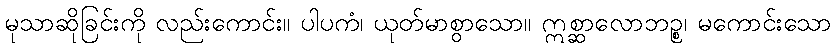
မုသာဆိုခြင်းကို လည်းကောင်း။ ပါပကံ၊ ယုတ်မာစွာသော။ ဣစ္ဆာလောဘဉ္စ၊ မကောင်းသော